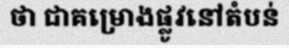
ថា ជាគម្រោងផ្លូវនៅតំបន់